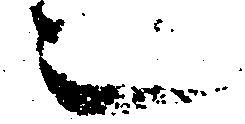
也